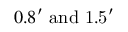
0 . 8 ^ { \prime } ~ \mathrm { { a n d } ~ 1 . 5 ^ { \prime } }